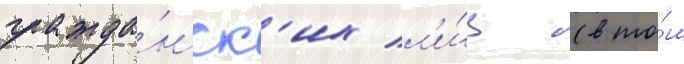
гражда́нск'их л'и́ц (в то́м